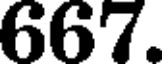
667.